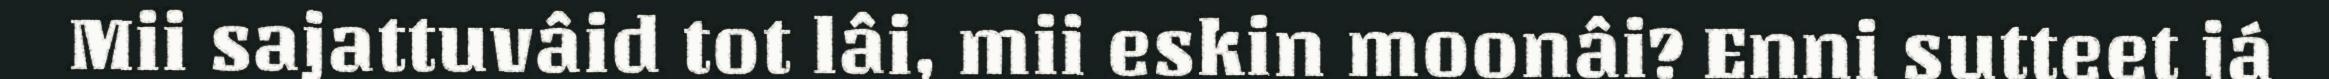
Mii sajattuvâid tot lâi, mii eskin moonâi? Enni sutteet já